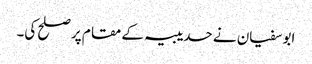
ابوسفیان نے حدیبیہ کے مقام پر صلح کی۔